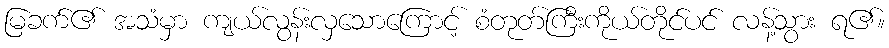
မြခက်၏ အသံမှာ ကျယ်လွန်းလှသောကြောင့် စံတုတ်ကြီးကိုယ်တိုင်ပင် လန့်သွား ရ၏။